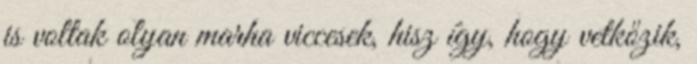
is voltak olyan marha viccesek, hisz így, hogy vetkőzik,